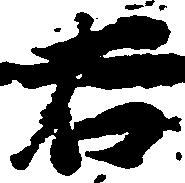
右